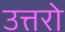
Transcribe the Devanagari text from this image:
उत्तरो